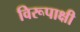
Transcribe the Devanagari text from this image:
विरूपाक्षी